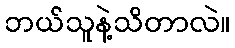
ဘယ်သူနဲ့သိတာလဲ။